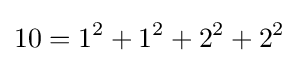
10=1^{2}+1^{2}+2^{2}+2^{2}